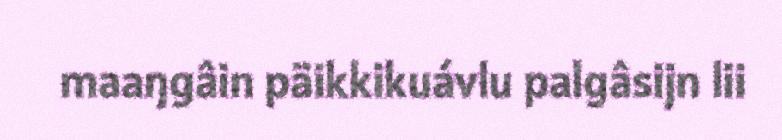
maaŋgâin päikkikuávlu palgâsijn lii